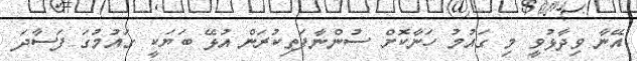
އޭނާ ވިދާޅުވީ މި ގައުމު ހަނާކޮށް ސުންނާފަތިކުރަން އުޅޭ ބަޔަކީ ގައުމުގަ ފަސާދަ